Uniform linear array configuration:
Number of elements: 16
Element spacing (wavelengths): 0.75
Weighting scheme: exponential
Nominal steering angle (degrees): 15
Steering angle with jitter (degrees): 14.739
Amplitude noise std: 0.05
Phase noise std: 0.05

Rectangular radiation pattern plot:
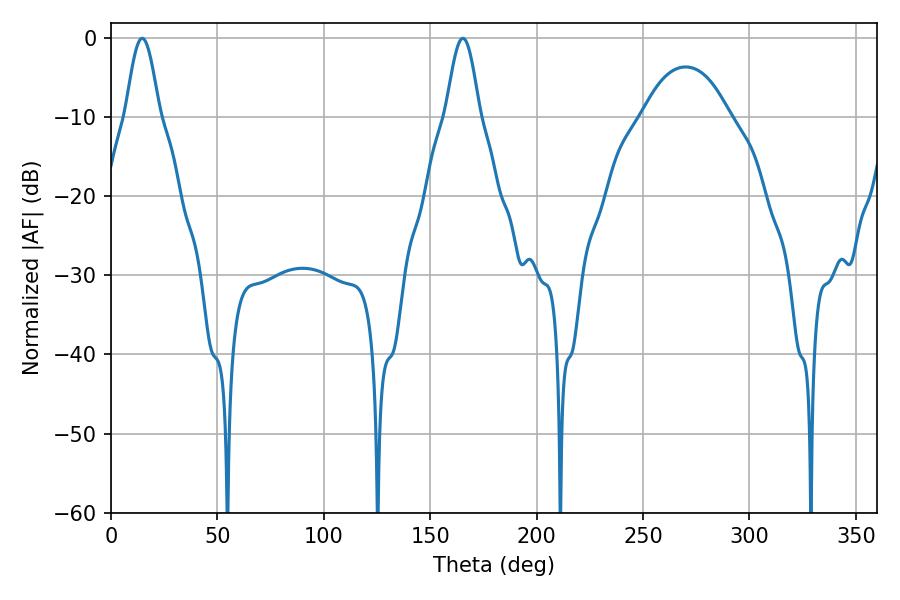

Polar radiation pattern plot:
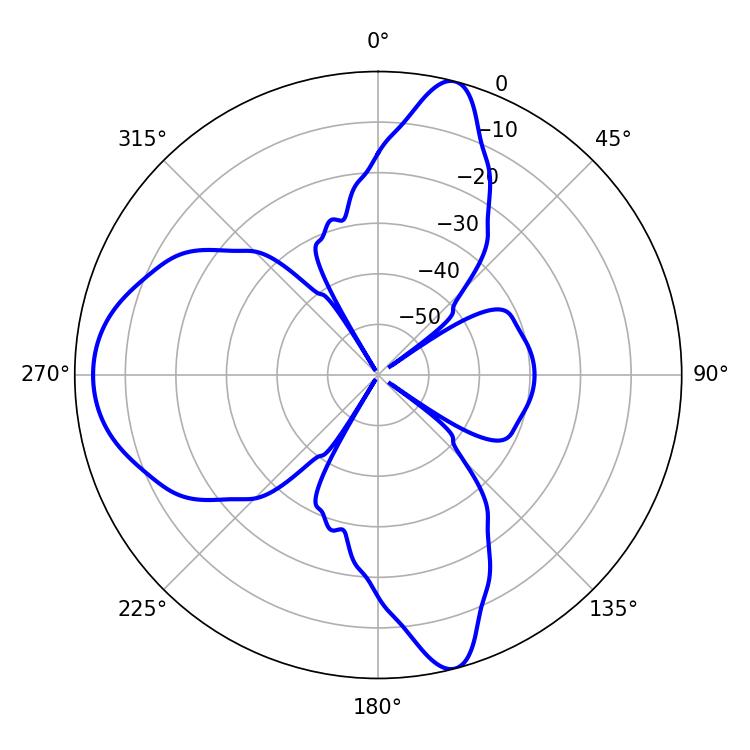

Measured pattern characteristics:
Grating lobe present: TRUE
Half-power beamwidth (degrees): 8.46
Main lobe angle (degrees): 14.58